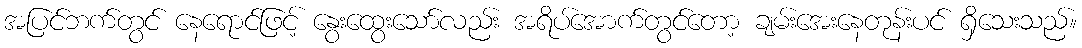
အပြင်ဘက်တွင် နေရောင်ဖြင့် နွေးထွေးသော်လည်း အရိပ်အောက်တွင်တော့ ချမ်းအေးနေတုန်းပင် ရှိသေးသည်။